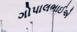
ગોપાલભાઈએ